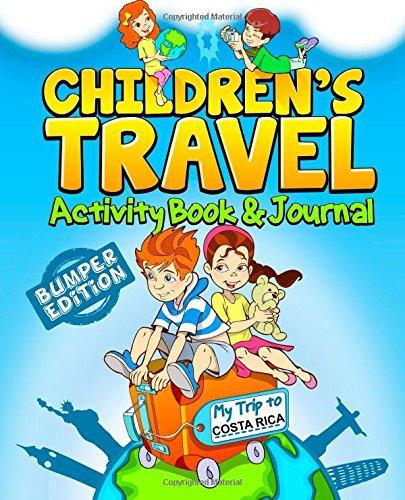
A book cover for Children's Travel Activity Book & Journal: My Trip to Costa Rica; TravelJournalBooks; Travel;